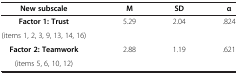
<table><thead><tr><td><b>New subscale</b></td><td><b>M</b></td><td><b>SD</b></td><td><b>α</b></td></tr></thead><tbody><tr><td><b>Factor 1: Trust</b></td><td rowspan="2">5.29</td><td rowspan="2">2.04</td><td rowspan="2">.824</td></tr><tr><td>(items 1, 2, 3, 9, 13, 14, 16)</td></tr><tr><td><b>Factor 2: Teamwork</b></td><td>2.88</td><td>1.19</td><td>.621</td></tr><tr><td>(items 5, 6, 10, 12)</td><td> </td><td> </td><td> </td></tr></tbody></table>